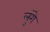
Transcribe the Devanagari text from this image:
लुंगे